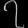
Digit: ၇